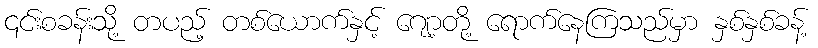
၎င်းစခန်းသို့ တပည့် တစ်ယောက်နှင့် ဂျော့တို့ ရောက်နေကြသည်မှာ နှစ်နှစ်ခန့်